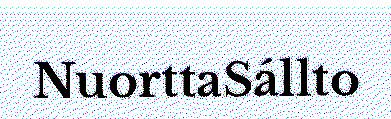
NuorttaSállto